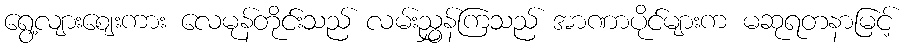
ရွေ့လျားဈေးကား လေမုန်တိုင်းသည် လမ်းညွှန်ကြသည် အာဏာပိုင်များက မဆုရတနာမြင့်